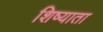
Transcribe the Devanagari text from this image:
शिष्याता